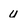
Character: u